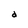
Character: d